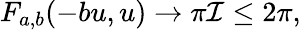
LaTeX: F_{a,b}(-bu,u)\to\pi\mathcal{I}\leq 2\pi,